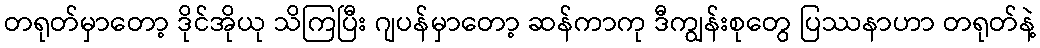
တရုတ်မှာတော့ ဒိုင်အိုယု သိကြပြီး ဂျပန်မှာတော့ ဆန်ကာကု ဒီကျွန်းစုတွေ ပြဿနာဟာ တရုတ်နဲ့